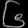
Digit: ၆